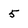
Character: 5